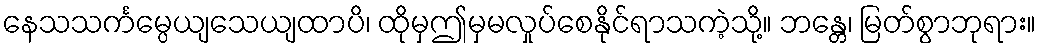
နေသသင်္ကမ္ပေယျသေယျထာပိ၊ ထိုမှဤမှမလှုပ်စေနိုင်ရာသကဲ့သို့။ ဘန္တေ၊ မြတ်စွာဘုရား။